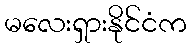
မလေးရှားနိုင်ငံက